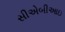
સીએબીઆઇ